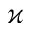
\varkappa